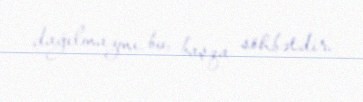
dağılmazmı, bu, başqa söhbətdir.